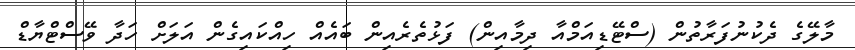
މާލޭގެ ދެކުނުފަރާތުން (ސްޓޭޑިއަމްއާ ދިމާއިން) ފަޅުތެރެއިން ބައެއް ހިއްކައިގެން އަލަށް ހަދާ ވޭސްޓްޔާޑް